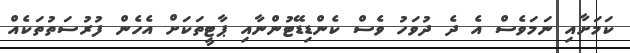
ކަމަށާއި ނަމަވެސް އެ ދެ ދުވަހު ވެސް ކެންޑިޑޭޓުންނާއި ޕާޓީތަކަށް އެހެން ފުރުސަތުތަކެއް